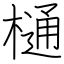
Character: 樋